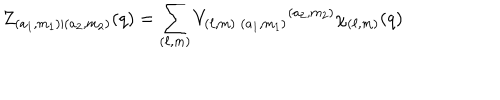
Z _ { ( a _ { 1 } , m _ { 1 } ) | ( a _ { 2 } , m _ { 2 } ) } ( q ) = \sum _ { ( \ell , m ) } V _ { ( \ell , m ) \; ( a _ { 1 } , m _ { 1 } ) } { } ^ { ( a _ { 2 } , m _ { 2 } ) } \chi _ { ( \ell , m ) } ( q )